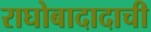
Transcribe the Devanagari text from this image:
राघोबादादाची